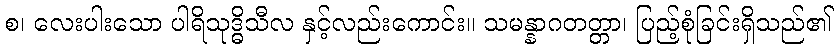
စ၊ လေးပါးသော ပါရိသုဒ္ဓိသီလ နှင့်လည်းကောင်း။ သမန္နာဂတတ္တာ၊ ပြည့်စုံခြင်းရှိသည်၏